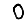
Digit: 0